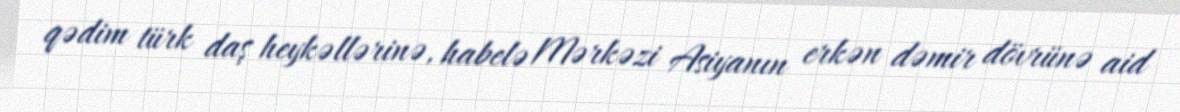
qədim türk daş heykəllərinə, habelə Mərkəzi Asiyanın erkən dəmir dövrünə aid